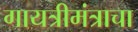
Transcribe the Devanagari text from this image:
गायत्रीमंत्राचा